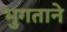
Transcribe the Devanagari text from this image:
भुगताने